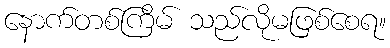
နောက်တစ်ကြိမ် သည်လိုမဖြစ်စေရ။